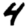
Digit: 4